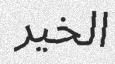
الخير